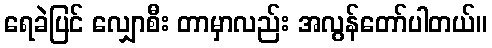
ရေခဲပြင် လျှောစီး တာမှာလည်း အလွန်တော်ပါတယ်။